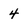
Character: 4